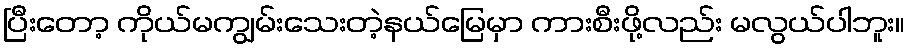
ပြီးတော့ ကိုယ်မကျွမ်းသေးတဲ့နယ်မြေမှာ ကားစီးဖို့လည်း မလွယ်ပါဘူး။